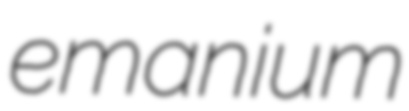
emanium